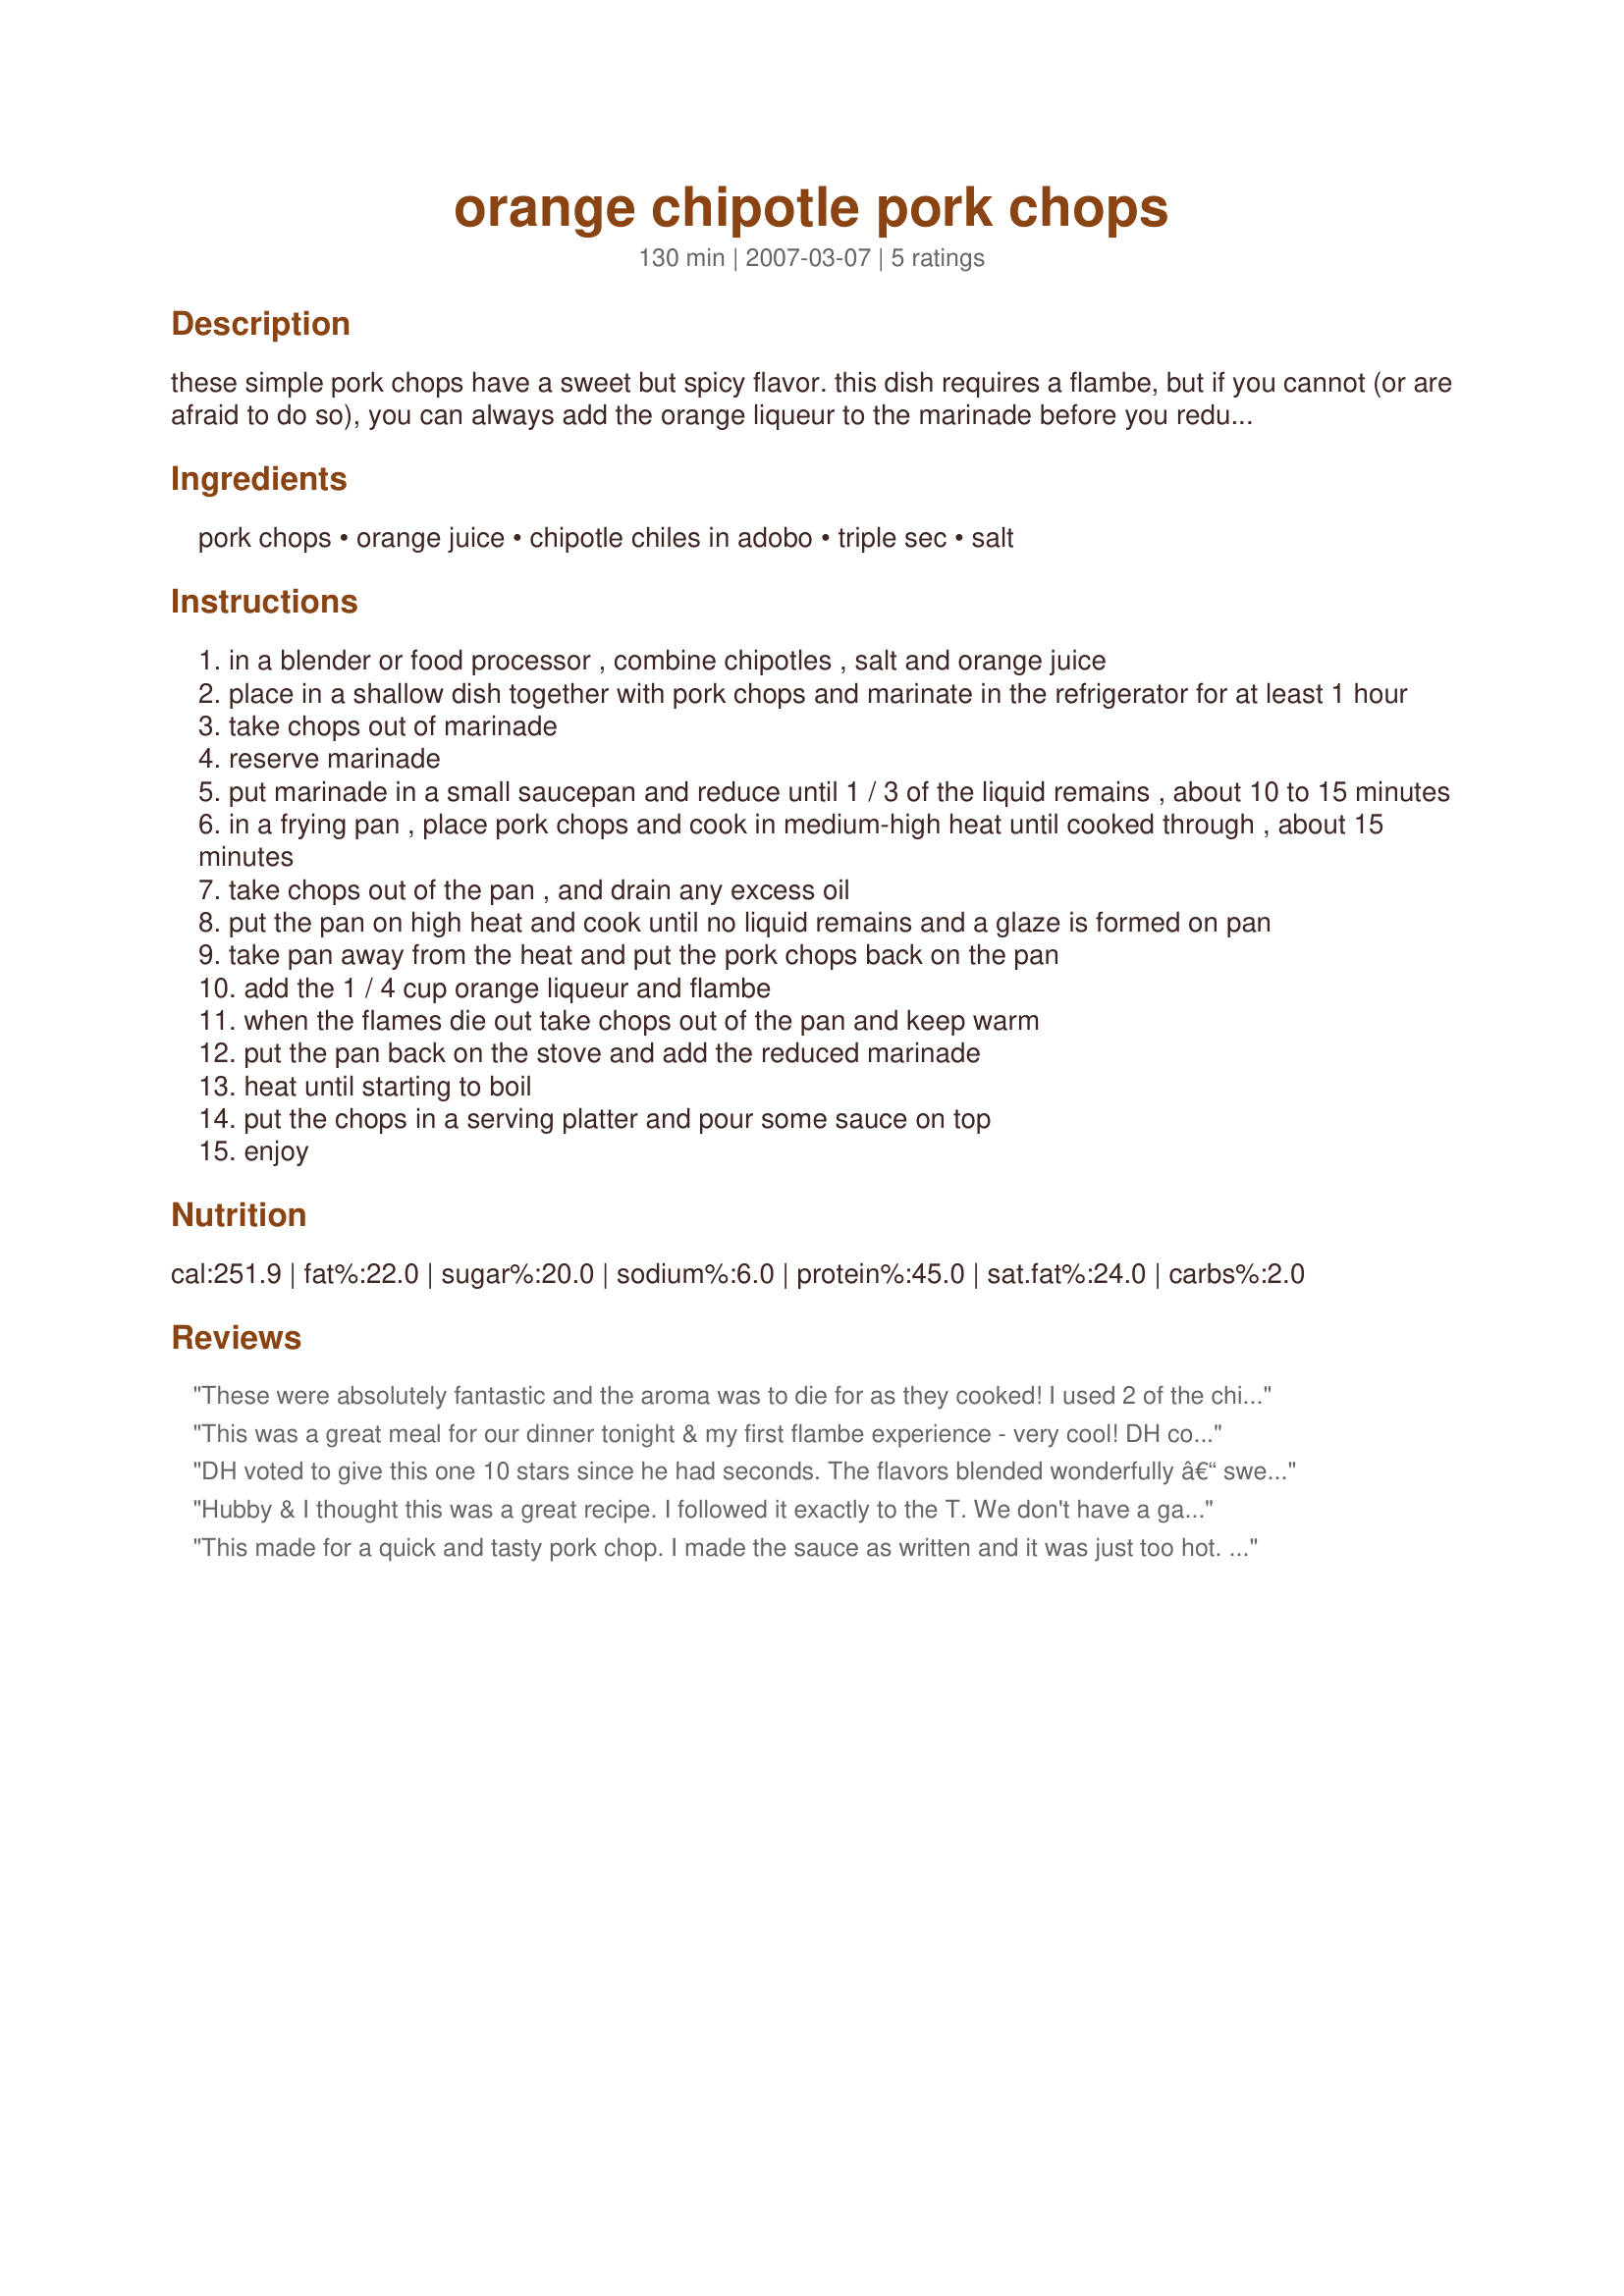
orange chipotle pork chops
Preparation time: 130 minutes

these simple pork chops have a sweet but spicy flavor. this dish requires a flambe, but if you cannot (or are afraid to do so), you can always add the orange liqueur to the marinade before you reduce it, though the result is not quite the same. from jaime ernesto arrieta, san salvador, el salvador.

Ingredients:
pork chops, orange juice, chipotle chiles in adobo, triple sec, salt

Steps:
in a blender or food processor , combine chipotles , salt and orange juice
place in a shallow dish together with pork chops and marinate in the refrigerator for at least 1 hour
take chops out of marinade
reserve marinade
put marinade in a small saucepan and reduce until 1 / 3 of the liquid remains , about 10 to 15 minutes
in a frying pan , place pork chops and cook in medium-high heat until cooked through , about 15 minutes
take chops out of the pan , and drain any excess oil
put the pan on high heat and cook until no liquid remains and a glaze is formed on pan
take pan away from the heat and put the pork chops back on the pan
add the 1 / 4 cup orange liqueur and flambe
when the flames die out take chops out of the pan and keep warm
put the pan back on the stove and add the reduced marinade
heat until starting to boil
put the chops in a serving platter and pour some sauce on top
enjoy

Reviews:
These were absolutely fantastic and the aroma was to die for as they cooked! I used 2 of the chipotles and some of their sauce. I spooned about 1-2 tablespoons onto each chop, which was the perfect amount to not over heat your mouth. The triple sec and chipotles were a great combination. This was my first time at flambeing and it went well. It makes a very low flame in the pan. I will make these again. Made for *1 2 3 Hit Wonders* game 2008 I just found this on the web....The term flambe [flahm-BAY] is a French word meaning "flaming" or "flamed." Flambe means to ignite foods that have liquor or liqueur added. This is done for a dramatic effect and to develop a rich flavor of the liqueur to the foods without adding the alcohol.

CAUTION: Please remember to use extreme caution here, you will be dealing with a liquid that is on fire; do not carry the dish while flaming, this is best done on a serving cart slightly away from your table. Keep a large metal lid on hand, to cover the dish in case your flambe gets out of hand.

LIQUOR: Use a brandy or 80-proof liquor or liqueur. Liquors that are higher proof are too volatile when lit. Choose liquors or liqueurs that are complimentary to the food being cooked, such as fruit flavored brandies for fruits and desserts and whiskey or cognac for meats.

HOW TO FLAMBE:

 * Heat the brandy or liquor in a saucepan, with high sides, just until bubbles begin to form around the edges. The boiling point of alcohol is 175 degrees F. (much lower than water). The liquor can also be heated in a microwave oven by heating 30 to 45 seconds in a microwave-proof dish at 100 percent power.

 * Use a flambe pan with rounded, deep sides and a long handle. Never pour liquor from a bottle into a pan that is near an open flame (the flame can follow the stream of alcohol into the bottle and cause it to explode). NOTE: If the dish doesn't light, it's probably not hot enough. The food to be flambeed must also be warm. Cold foods may cool down the warm liquor where it will not light.

 * Once you add the liquor to the pan, do not delay lighting. You don't want the food to absorb the raw alcohol and retain a harsh flavor. Ignite with a long match (such as fireplace matches or a long barbecue lighter). Always ignite the fumes at the edge of the pan and not the liquid itself. Never lean over the dish or pan as you light the fumes.

 * Let cook until flame disappears (at this point all alcohol has burned off). If you want to retain some of the alcohol flavor, cover flaming dish to extinguish flames or add additional wine or stock.

 * Serve the dish as soon as the flame disappears.

HINTS: If you want the flames, but do not want the liquor in a dessert, soak sugar cubes in a flavored extract. Place the cubes around the perimeter of the dish and light.
This was a great meal for our dinner tonight & my first flambe experience - very cool! DH cooked the chops on the barbeque while I made the sauce on the stove. I added the chops to the sauce on the stove & flambed them. I thought the sauce was just a touch hotter than I would prefer, but DH loved it. The Grand Marnier gave it a lovely flavour. Made for Aus/NZ Recipe Swap #14 March 2008. Thanks lazyme for this keeper.
DH voted to give this one 10 stars since he had seconds. The flavors blended wonderfully â€“ sweet and spicy as promised. I doubled the recipe except for the chipotles. Not deseeded, 4 would have been too hot even for us. After much deliberation and gathering of goggles, welding gloves and fire retardant clothing, I opted not to flambÃ©. This scenario was in my mind - I would catch my hair on fire and when I took off running and screaming, I would trip over the cat, igniting her. Blazing, she would shoot up the drapes, run across the ceiling, jump onto the sofa, make a beeline for the bedroom and dart under the bed leaving a smoldering trail behind her; not to mention said newly-bald chef. My insurance agent sent me a thank you note for making this decision. Despite the non-flambÃ©ed status of my chops, they were marvelous! Thanks for sharing your recipe!
Hubby & I thought this was a great recipe. I followed it exactly to the T. We don't have a gas grill so I had to carefully light the grand marnier with a match, and what a commotion it was to watch it burn off in the pan. I think next time I might have hubby cook the chops on his grill, then bring them inside for the flambe part, as we kind of like a crispy coating on our meat, which is best done on the grill. All in all, we loved this, and I will make it again. I think it would even taste good on shrimp or chicken. Thanks for posting.
This made for a quick and tasty pork chop. I made the sauce as written and it was just too hot. We ended up scraping it off the chops. Next time, I will make with half the amount of chiles and it should be perfect.
